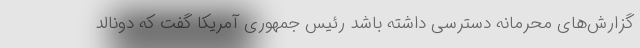
گزارش‌های محرمانه دسترسی داشته باشد رئیس جمهوری آمریکا گفت که دونالد